Annual administration and progress report of the Indian Medical Department, Bombay
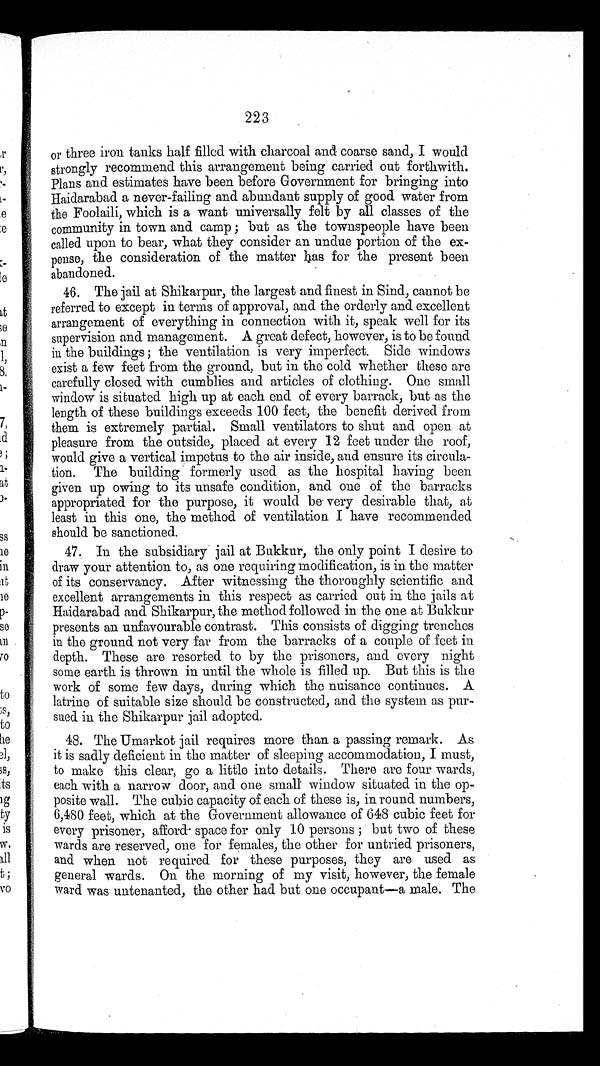
223
or three iron tanks half filled with charcoal and coarse sand, I would
strongly recommend this arrangement being carried out forthwith.
Plans and estimates have been before Government for bringing into
Haidarabad a never-failing and abundant supply of good water from
the Foolaili, which is a want universally felt by all classes of the
community in town and camp ; but as the townspeople have been
called upon to bear, what they consider an undue portion of the ex-
pense, the consideration of the matter has for the present been
abandoned.
46. The jail at Shikarpur, the largest and finest in Sind, cannot be
referred to except in terms of approval, and the orderly and excellent
arrangement of everything in connection with it, speak well for its
supervision and management. A great defect, however, is to be found
in the buildings ; the ventilation is very imperfect. Side windows
exist a few feet from the ground, but in the cold whether these are
carefully closed with cumblies and articles of clothing. One small
window is situated high up at each end of every barrack, but as the
length of these buildings exceeds 100 feet, the benefit derived from
them is extremely partial. Small ventilators to shut and open at
pleasure from the outside, placed at every 12 feet under the roof,
would give a vertical impetus to the air inside, and ensure its circula
– t i o n . T h e b u i l d i n g f o r m e r l y u s e d a s t h e h o s p i t a l h a v i n g b e e n
given up owing to its unsafe condition, and one of the barracks
appropriated for the purpose, it would be very desirable that, at
least in this one, the method of ventilation I have recommended
should be sanctioned.
47. In the subsidiary jail at Bukkur, the only point I desire to
draw your attention to, as one requiring modification, is in the matter
of its conservancy. After witnessing the thoroughly scientific and
excellent arrangements in this respect as carried out in the jails at
Haidarabad and Shikarpur, the method followed in the one at Bukkur
presents an unfavourable contrast. This consists of digging trenches
in the ground not very far from the barracks of a couple of feet in
depth. These are resorted to by the prisoners, and every night
some earth is thrown in until the whole is filled up. But this is the
work of some few days, during which the nuisance continues. A
latrine of suitable size should be constructed, and the system as pur
–sued in the Shikarpur jail adopted.
48. The Umarkot jail requires more than a passing remark. As
it is sadly deficient in the matter of sleeping accommodation, I must,
to make this clear, go a little into details. There are four wards,
each with a narrow door, and one small window situated in the op
– p o s i t e w a l l . T h e c u b i c c a p a c i t y o f e a c h o f t h e s e i s , i n r o u n d n u m b e r s ,
6,480 feet, which at the Government allowance Of 648 cubic feet for
every pri soner, afford– space for onl y 10 persons ; but t wo of t hese
wards are reserved, one for females, the other for untried prisoners,
and when not required for these purposes, they are used as
general wards. On the morning of my visit, however, the female
ward was untenanted, the other had but one occupant—a male. The